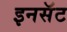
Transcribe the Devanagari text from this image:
इनसॅट